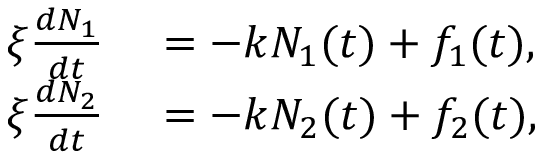
\begin{array} { r l } { \xi \frac { d N _ { 1 } } { d t } } & { { } = - k N _ { 1 } ( t ) + f _ { 1 } ( t ) , } \\ { \xi \frac { d N _ { 2 } } { d t } } & { { } = - k N _ { 2 } ( t ) + f _ { 2 } ( t ) , } \end{array}